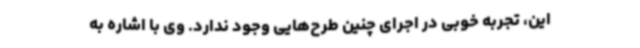
این، تجربه خوبی در اجرای چنین طرح‌هایی وجود ندارد. وی با اشاره به